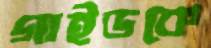
গাইডকে